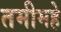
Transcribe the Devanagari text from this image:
तमीमहे